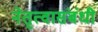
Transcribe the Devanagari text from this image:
नेतृत्वासंबंधी